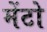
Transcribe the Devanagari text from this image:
मेंटो